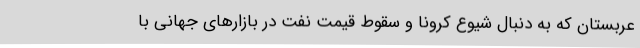
عربستان که به دنبال شیوع کرونا و سقوط قیمت نفت در بازارهای جهانی با